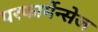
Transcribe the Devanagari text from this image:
परफार्मेन्सेज